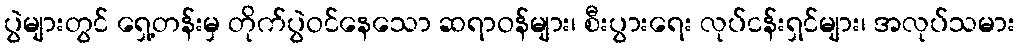
ပွဲများတွင် ရှေ့တန်းမှ တိုက်ပွဲဝင်နေသော ဆရာဝန်များ၊ စီးပွားရေး လုပ်ငန်းရှင်များ၊ အလုပ်သမား